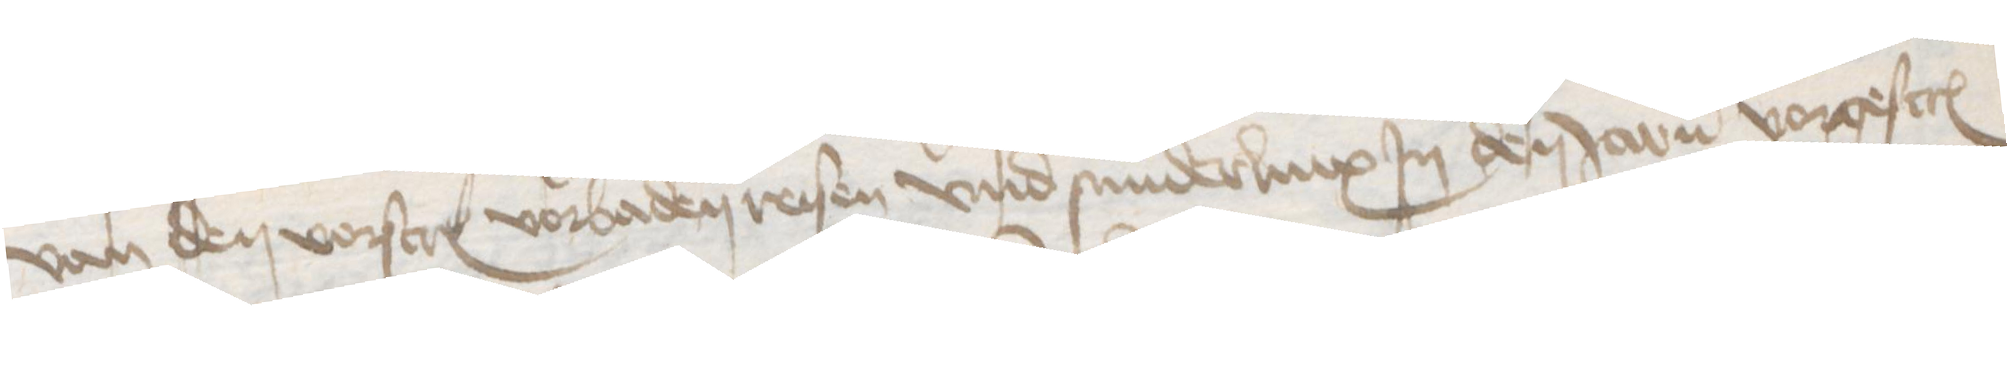
van den vorscreuen vorbaden reisen vnd sunderlinx Jn den Jaren vorgescreuen